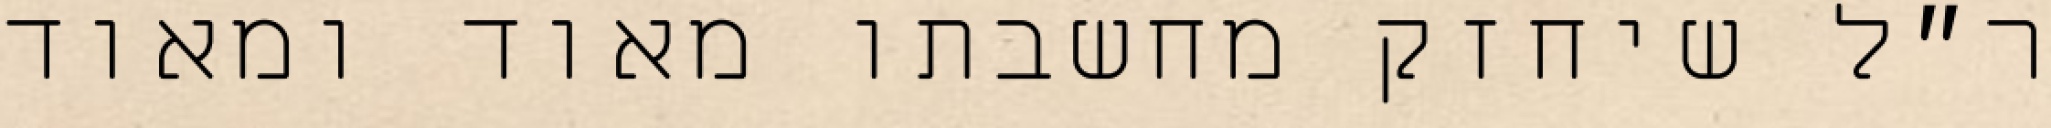
ר״ל שיחזק מחשבתו מאוד ומאוד